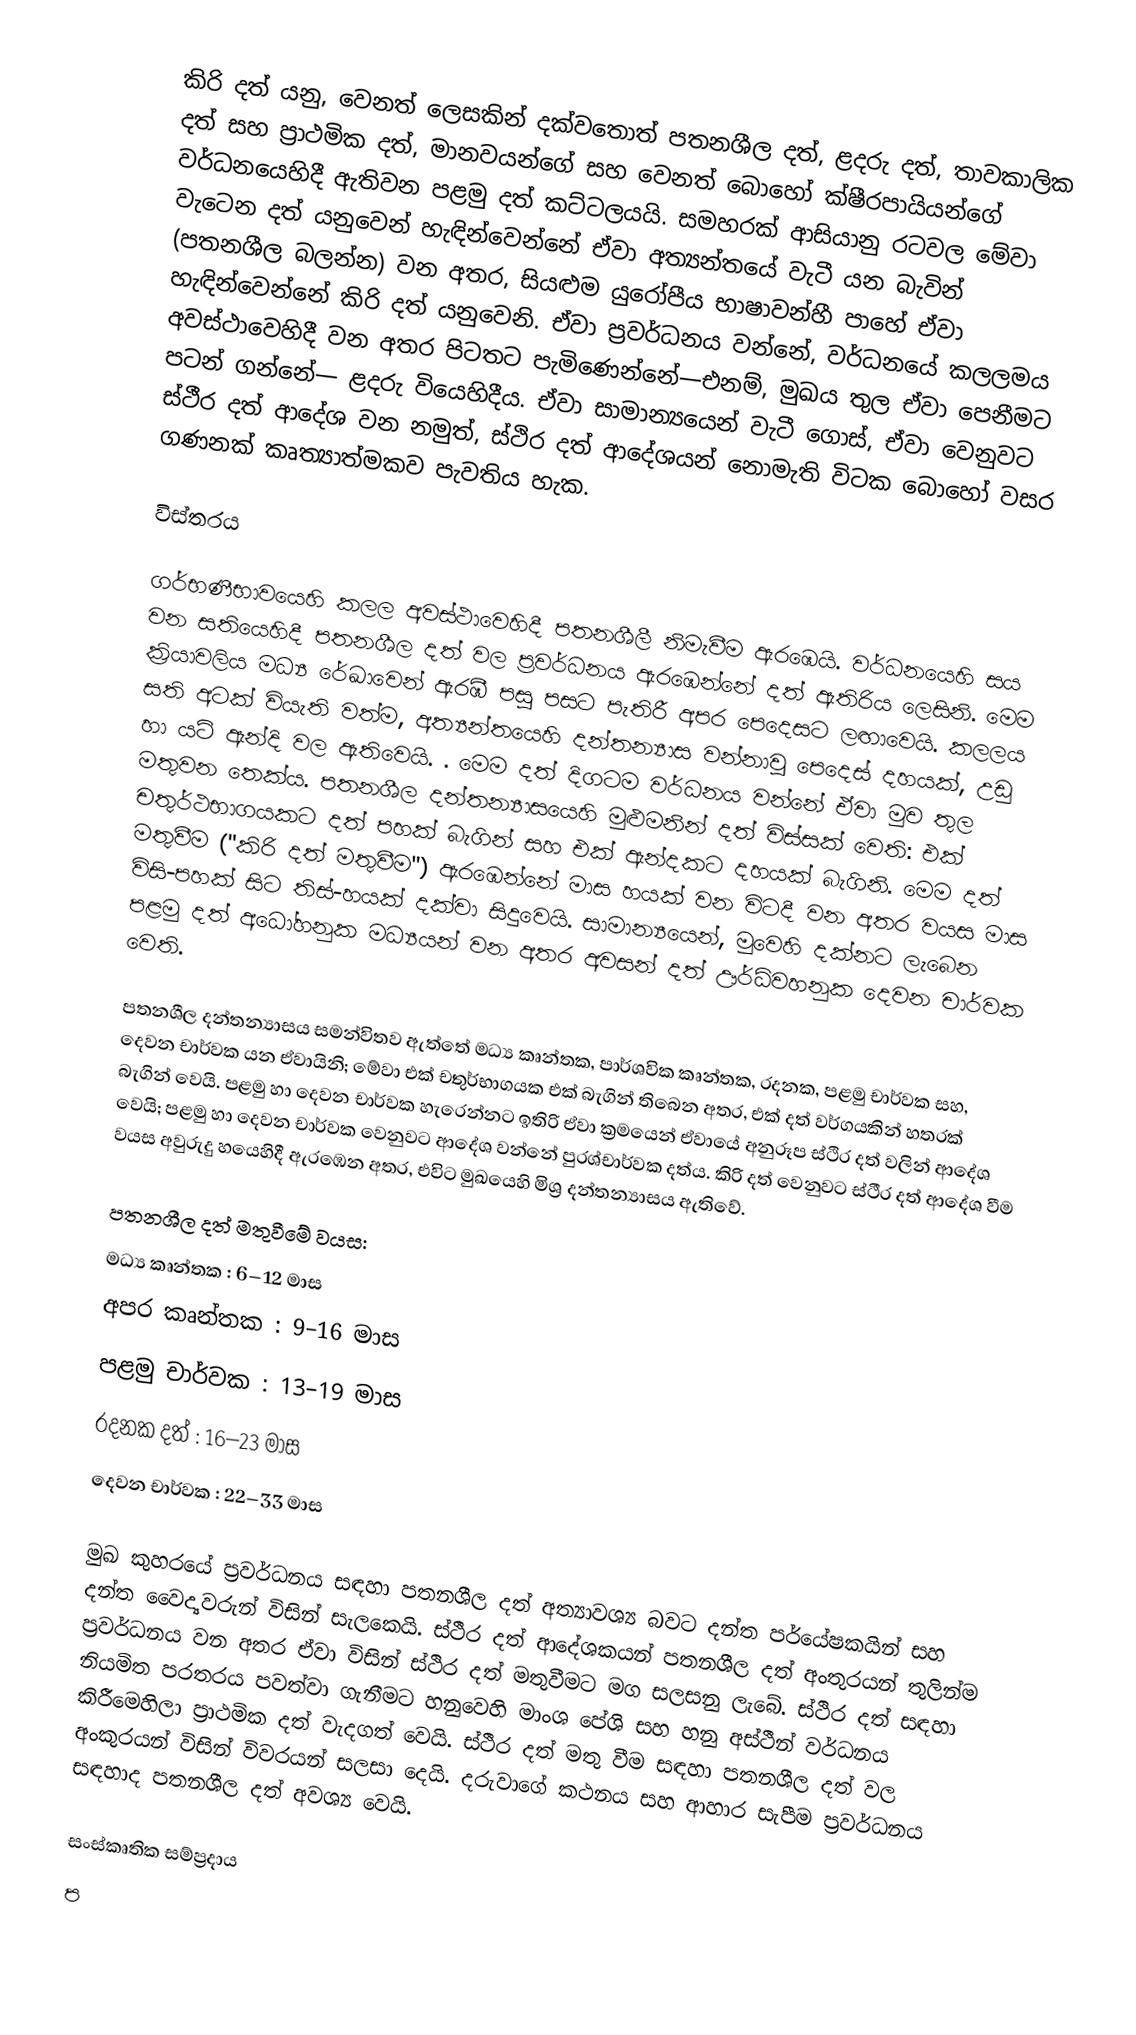
කිරි දත්  යනු, වෙනත් ලෙසකින් දක්වතොත් පතනශීල දත්, ළදරු දත්, තාවකාලික දත් සහ ප්‍රාථමික දත්, මානවයන්ගේ සහ වෙනත් බොහෝ ක්ෂීරපායියන්ගේ වර්ධනයෙහිදී ඇතිවන පළමු දත් කට්ටලයයි. සමහරක් ආසියානු රටවල මේවා වැටෙන දත් යනුවෙන් හැඳින්වෙන්නේ ඒවා අත්‍යන්තයේ වැටී යන බැවින් (පතනශීල බලන්න) වන අතර, සියළුම යුරෝපීය භාෂාවන්හී පාහේ ඒවා හැඳින්වෙන්නේ කිරි දත් යනුවෙනි. ඒවා ප්‍රවර්ධනය වන්නේ, වර්ධනයේ කලලමය අවස්ථාවෙහිදී වන අතර පිටතට පැමිණෙන්නේ—එනම්, මුඛය තුල ඒවා පෙනීමට පටන් ගන්නේ— ළදරු වියෙහිදීය. ඒවා සාමාන්‍යයෙන් වැටී ගොස්, ඒවා වෙනුවට ස්ථීර දත් ආදේශ වන නමුත්, ස්ථිර දත් ආදේශයන් නොමැති විටක බොහෝ වසර ගණනක් කෘත්‍යාත්මකව පැවතිය හැක.

විස්තරය

ගර්භණීභාවයෙහි කලල අවස්ථාවෙහිදී පතනශීලී නිමැවීම ඇරඹෙයි. වර්ධනයෙහි සය වන සතියෙහිදී පතනශීල දත් වල ප්‍රවර්ධනය ඇරඹෙන්නේ දත් ඇතිරිය ලෙසිනි. මෙම ක්‍රියාවලිය මධ්‍ය රේඛාවෙන් ඇරඹී පසු පසට පැතිරී අපර පෙදෙසට ලඟාවෙයි. කලලය සති අටක් වියැති වත්ම, අත්‍යන්තයෙහි දන්තන්‍යාස වන්නාවූ පෙදෙස් දහයක්, උඩු හා යටි ඇන්දි වල ඇතිවෙයි. . මෙම දත් දිගටම වර්ධනය වන්නේ ඒවා මුව තුල  මතුවන තෙක්ය. පතනශීල දන්තන්‍යාසයෙහි මුළුමනින් දත් විස්සක් වෙති: එක් චතුර්ථභාගයකට දත් පහක් බැගින් සහ එක් ඇන්දකට දහයක් බැගිනි. මෙම දත් මතුවීම ("කිරි දත් මතුවීම") ඇරඹෙන්නේ මාස හයක් වන විටදී වන අතර වයස මාස විසි-පහක් සිට තිස්-හයක්  දක්වා සිදුවෙයි. සාමාන්‍යයෙන්, මුවෙහි දක්නට ලැබෙන පළමු දත්  අධෝහනුක මධ්‍යයන් වන අතර අවසන් දත්  ඌර්ධ්වහනුක දෙවන චාර්වක වෙති.

පතනශීල දන්තන්‍යාසය සමන්විතව ඇත්තේ මධ්‍ය කෘන්තක, පාර්ශවික කෘන්තක, රදනක, පළමු චාර්වක සහ, දෙවන චාර්වක යන ඒවායිනි; මේවා එක් චතුර්භාගයක එක් බැගින් තිබෙන අතර, එක් දත් වර්ගයකින්  හතරක් බැගින් වෙයි. පළමු හා දෙවන චාර්වක හැරෙන්නට ඉතිරි ඒවා ක්‍රමයෙන් ඒවායේ අනුරූප ස්ථිර දත් වලින් ආදේශ වෙයි; පළමු හා දෙවන චාර්වක වෙනුවට ආදේශ වන්නේ පුරශ්චාර්වක දත්ය. කිරි දත් වෙනුවට ස්ථීර දත් ආදේශ වීම වයස අවුරුදු හයෙහිදී ඇරඹෙන අතර, එවිට මුඛයෙහි මිශ්‍ර දන්තන්‍යාසය ඇතිවේ.

පතනශීල දත් මතුවීමේ වයස:
 මධ්‍ය කෘන්තක : 6–12 මාස
 අපර කෘන්තක : 9–16 මාස
 පළමු චාර්වක : 13–19 මාස
 රදනක දත් : 16–23 මාස
 දෙවන චාර්වක : 22–33 මාස

මුඛ කුහරයේ ප්‍රවර්ධනය සඳහා පතනශීල දත් අත්‍යාවශ්‍ය බවට දන්ත පර්යේෂකයින් සහ දන්ත වෛද්‍යවරුන් විසින් සැලකෙයි. ස්ථීර දත් ආදේශකයන් පතනශීල දත් අංතුරයන් තුලින්ම ප්‍රවර්ධනය වන අතර ඒවා විසින් ස්ථිර දත් මතුවීමට මග සලසනු ලැබේ. ස්ථිර දත් සඳහා නියමිත පරතරය පවත්වා ගැනීමට හනුවෙහි මාංශ පේශි සහ හනු අස්ථීන් වර්ධනය කිරීමෙහිලා  ප්‍රාථමික දත් වැදගත් වෙයි. ස්ථීර දත් මතු වීම සඳහා පතනශීල දත් වල අංකුරයන් විසින් විවරයන් සලසා දෙයි. දරුවාගේ කථනය සහ ආහාර  සැපීම ප්‍රවර්ධනය සඳහාද පතනශීල දත් අවශ්‍ය වෙයි.

සංස්කෘතික සම්ප්‍රදාය
ප